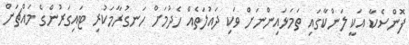
ފޮންސެކާ އަކީ ލަންކާގައި ތަމަޅައިންނަށް ވަކި ދައުލަތެއް ހެދުމަށް ހަނގުރާމަކުރި ޓައިގަރުންގެ މައްޗަށް